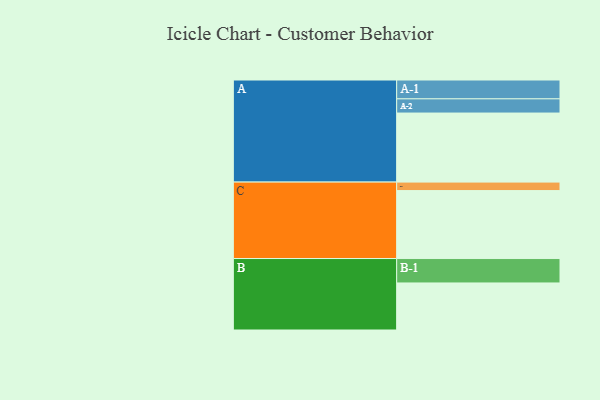
{"axis": {"x": "Segment", "y": "Value"}, "legend": ["", "A", "B", "C"], "data": [{"x": "A", "y": 568, "type": ""}, {"x": "B", "y": 387, "type": ""}, {"x": "C", "y": 559, "type": ""}, {"x": "A-1", "y": 155, "type": "A"}, {"x": "A-2", "y": 117, "type": "A"}, {"x": "B-1", "y": 201, "type": "B"}, {"x": "C-1", "y": 70, "type": "C"}]}